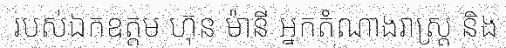
របស់ឯកឧត្តម ហ៊ុន ម៉ានី អ្នកតំណាងរាស្ត្រ និង